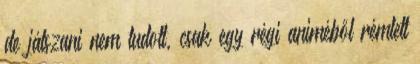
de játszani nem tudott, csak egy régi animéből rémlett